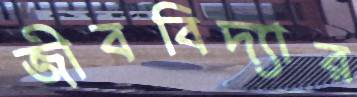
জীববিদ্যার